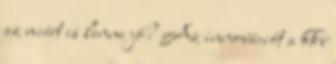
az miért is lenne jó? Az innovációt a kkv